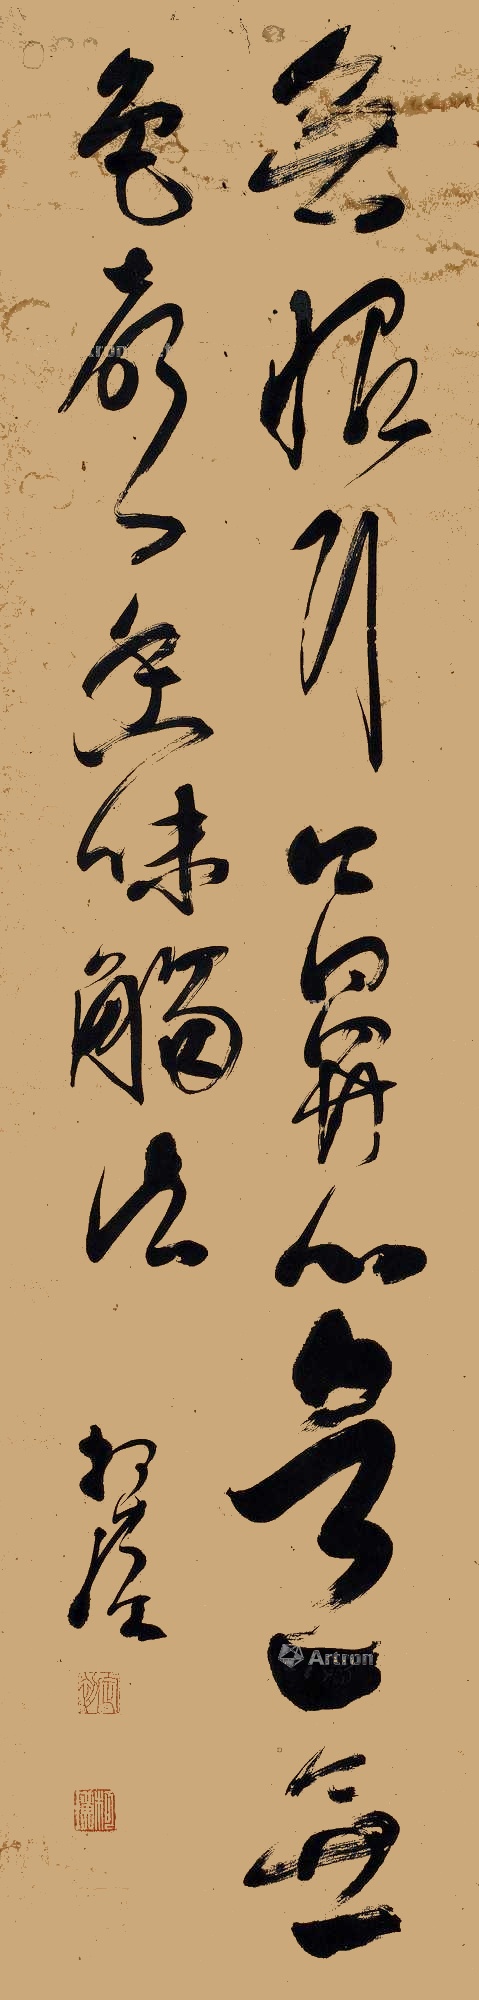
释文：无眼耳口鼻心意，无色声香味触法。柯璜。